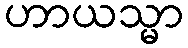
ဟာယသ္မာ